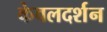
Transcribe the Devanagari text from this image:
केवलदर्शन